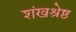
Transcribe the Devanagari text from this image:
शंखश्रेष्ठ